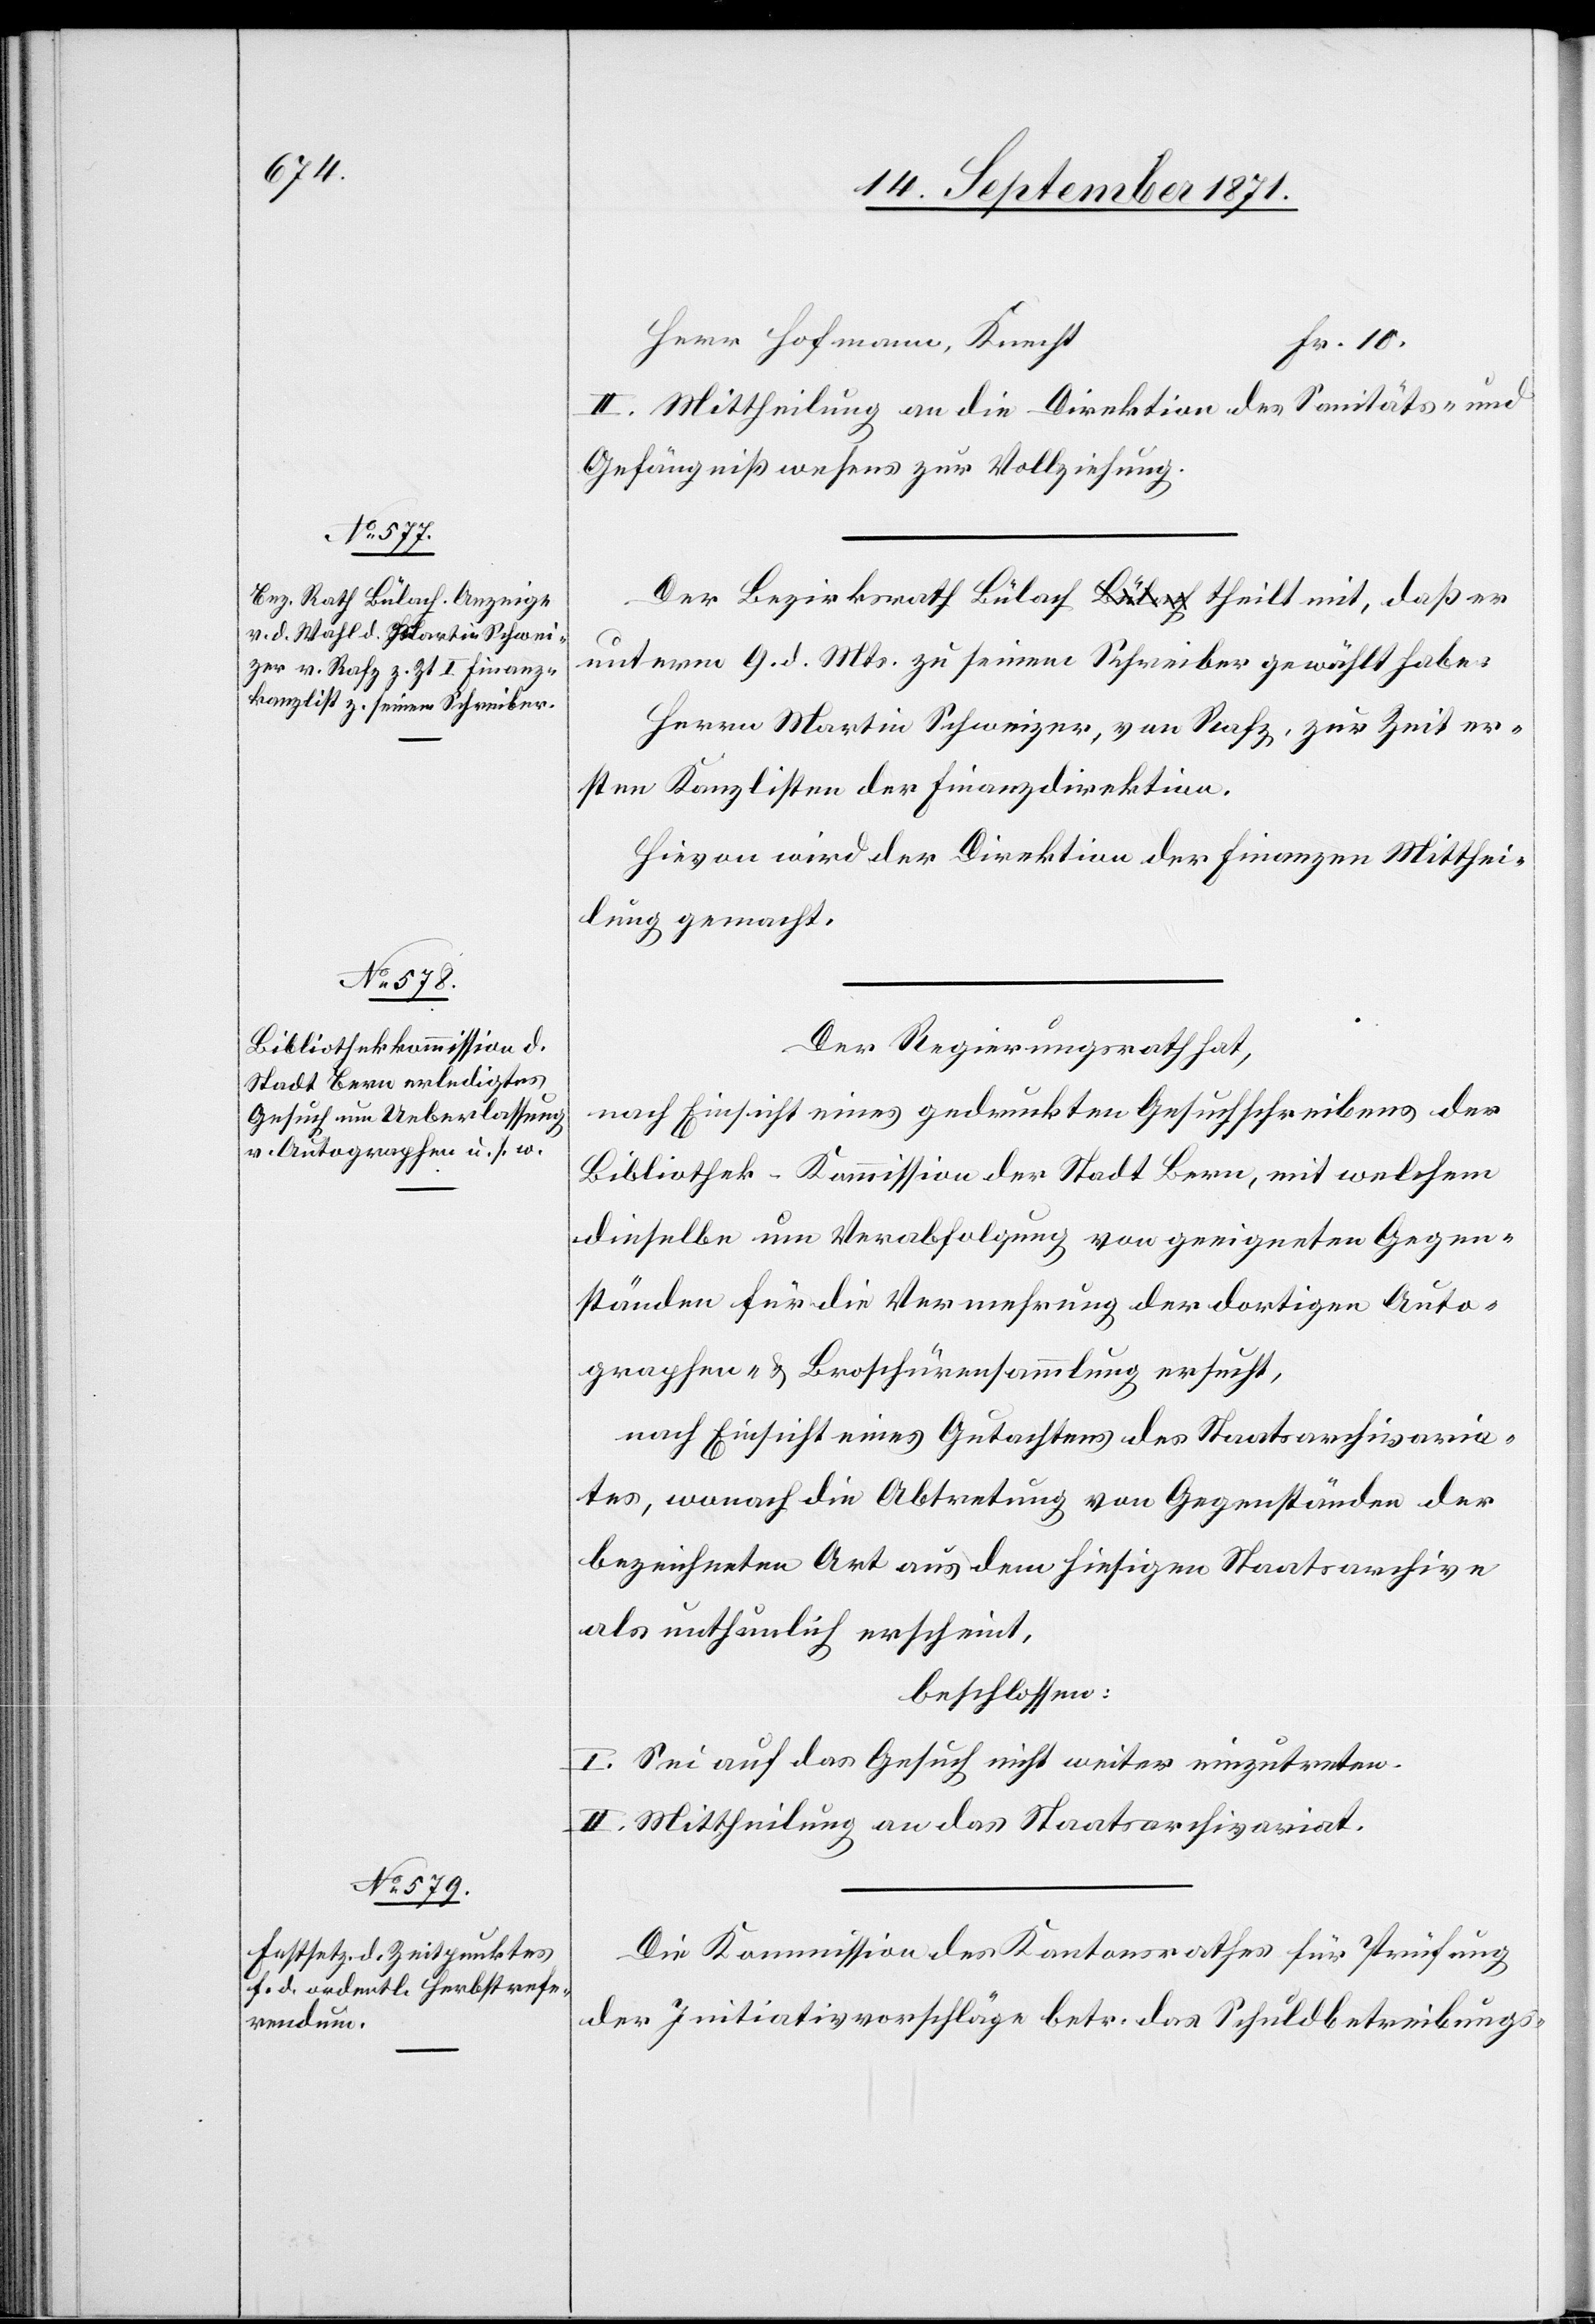
II. Mittheilung an die Direktion des Sanitäts- &
Gefängnißwesens zur Vollziehung.
Der Bezirksrath Bülach theilt mit, daß er
unterm 9. d. Mts. zu seinem Schreiber gewählt habe:
Herr Martin Schweizer, von Rafz, zur Zeit er¬
sten Kanzlisten der Finanzdirektion.
Hievon wird der Direktion der Finanzen Mitthei¬
lung gemacht.
Der Regierungsrath hat,
nach Einsicht eines gedruckten Gesuchschreibens der
Bibliothek-Kommission der Stadt Bern, mit welchem
dieselbe um Verabfolgung von geeigneten Gegen¬
ständen für die Vermachung der dortigen Auto¬
graphen- & Broschürensammlung ersucht,
nach Eintritt eines Gutachtens des Staatsarchivaria¬
tes, wonach die Abtretung von Gegenständen der
bezeichneten Art aus dem hiesigen Staatsarchive
als umständlich erscheint,
beschlossen:
I. Sei auf das Gesuch nicht weiter einzutreten.
II. Mittheilung an das Staatsarchivariat.
Die Kommission des Kantonsrathes für Prüfung
der Initiativvorschläge betr. das Schuldbetreibungs-